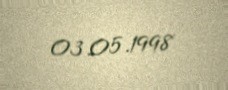
03.05.1998